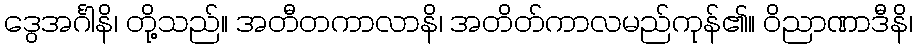
ဒွေအင်္ဂါနိ၊ တို့သည်။ အတီတကာလာနိ၊ အတိတ်ကာလမည်ကုန်၏။ ဝိညာဏာဒီနိ၊